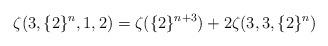
LaTeX: \begin{align*}\zeta(3,\{2\}^{n},1,2)=\zeta(\{2\}^{n+3})+2\zeta(3,3,\{2\}^{n})\end{align*}